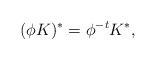
LaTeX: \begin{align*}(\phi K )^* = \phi^{-t} K^* ,\end{align*}